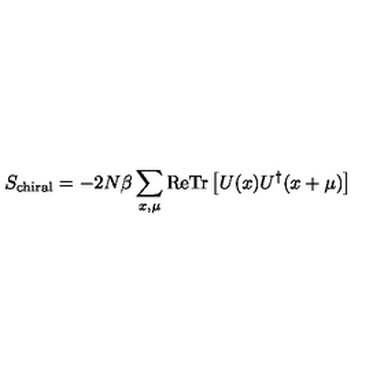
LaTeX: S _ { \mathrm { c h i r a l } } = - 2 N \beta \sum _ { x , \mu } \mathrm { R e } \mathrm { T r } \left[ U ( x ) U ^ { \dagger } ( x + \mu ) \right]